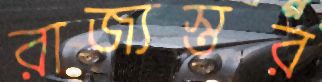
রাজ্যস্তর